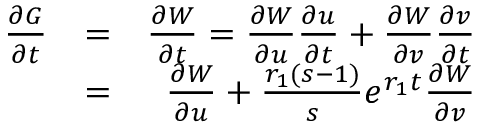
\begin{array} { r l r } { \frac { \partial G } { \partial t } } & { = } & { \frac { \partial W } { \partial t } = \frac { \partial W } { \partial u } \frac { \partial u } { \partial t } + \frac { \partial W } { \partial v } \frac { \partial v } { \partial t } } \\ & { = } & { \frac { \partial W } { \partial u } + \frac { r _ { 1 } ( s - 1 ) } { s } e ^ { r _ { 1 } t } \frac { \partial W } { \partial v } } \end{array}